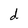
Character: d